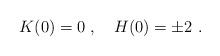
LaTeX: \begin{align*}K(0)=0 \ , \quad H(0)=\pm 2\ . \end{align*}